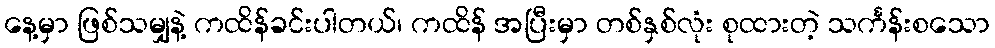
နေ့မှာ ဖြစ်သမျှနဲ့ ကထိန်ခင်းပါတယ်၊ ကထိန် အပြီးမှာ တစ်နှစ်လုံး စုထားတဲ့ သင်္ကန်းစသော